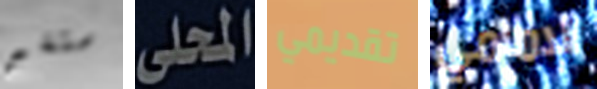
ستغير المحلى تقديمي الامامي